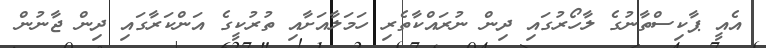
އެއީ ޕާކިސްތާނުގެ ލާހޯރުގައި ދިން ނުރައްކާތެރި ހަމަލާއަށާއި ތުރުކީގެ އަންކަރާގައި ދިން ޖާނުން